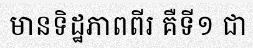
មានទិដ្ឋភាពពីរ គឺទី១ ជា